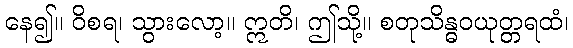
နေ၍။ ဝိစရ၊ သွားလော့။ ဣတိ၊ ဤသို့။ စတုသိန္ဓဝယုတ္တရထံ၊